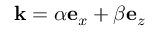
\mathbf { k } = \alpha \mathbf { e } _ { x } + \beta \mathbf { e } _ { z }